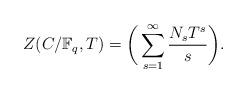
LaTeX: \begin{align*} {Z}(C/\mathbb{F}_q,T)=\bigg(\sum_{s=1}^{\infty}\frac{{N}_{s}T^s}{s}\bigg).\end{align*}